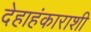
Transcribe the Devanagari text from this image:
देहाहंकाराशी